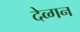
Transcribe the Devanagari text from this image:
देव्गन